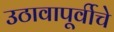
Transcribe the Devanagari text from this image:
उठावापूर्वीचे